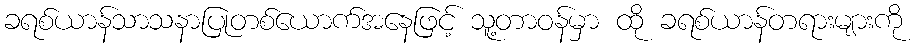
ခရစ်ယာန်သာသနာပြုတစ်ယောက်အနေဖြင့် သူ့တာဝန်မှာ ထို ခရစ်ယာန်တရားများကို